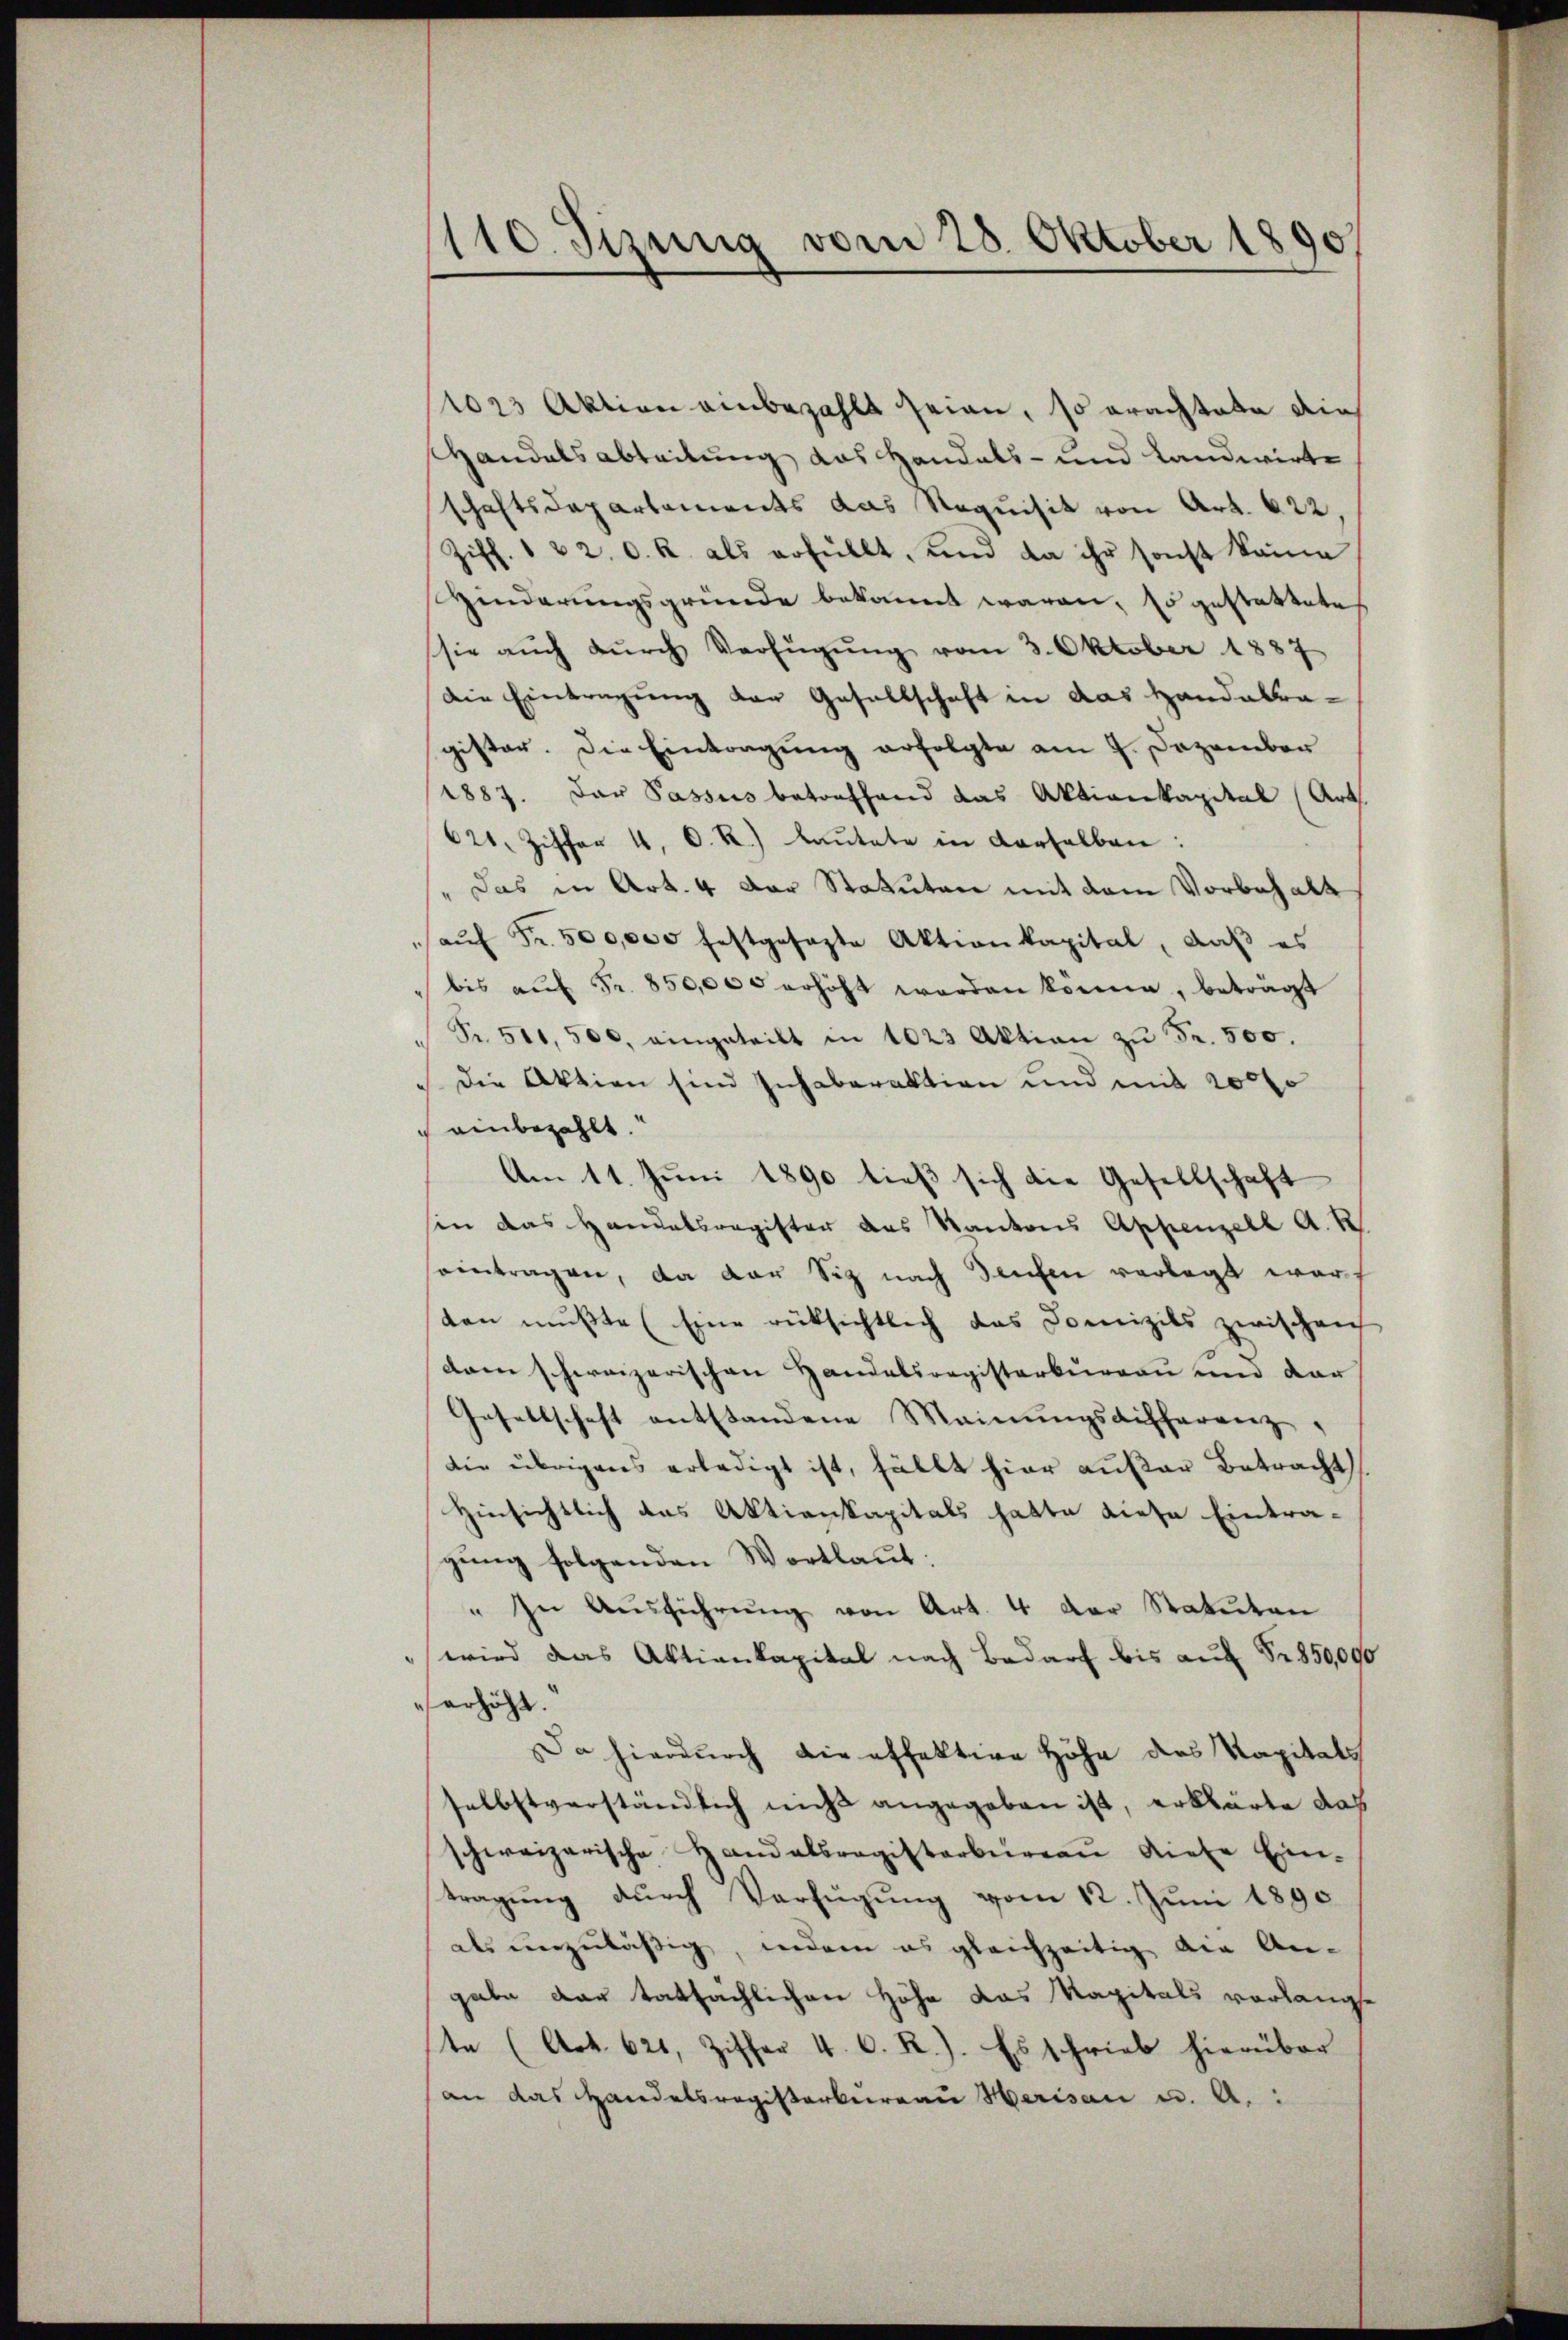
1025 Aktion einbezahlt seien, so erachtete dies
Handelsabteilung das Handels- und Landwirte
schaftsdepartements das Requisit von Art. 622,
Ziff. 1 & 2. d. R. als erfüllt, und da ihr sonst keine
Hinderungsgründe bekannt waren, Es gestattete
sie aŭch dŭrch Verfügŭng vom 3. Oktober 1887
Die Eintragung der Gesellschaft in das Handabtragister. Die Eintragung erfolgte am 9. Dezember
1887. Das Passus betreffend das Aktienkapital (Art.
621, Ziffer 4. O. R.) lautete in derselben:
" Das in Art. 4 der Statuten mit dem Vorbehalt
aŭf Fr. 500,000 festgesagte Aktionkapital, daβ es
bis aŭf Fr. 850,000 erhöht worden könne, beträgt
Fr. 500, 500. eingeteilt in 1023 Aktion zŭ Fr. 500.
die Aktion sind sichabaraktion und mit 20000
einbezahlt.
Am 11. Juni 1890 dieß sich die Gesellschaft
sin das Handatsregister das Kantons Appenzell A. R.
eintragen, da der Siz nach Teufen verlegt warf
ten mußte (Eine rücksichtlich das Domizils zwischen
dann schweizerischen Handelsregisterbureau und dar
Gesellschaft entstandene Meinungsdifferenz,
die übrigens erledigt ist, fällt hier außer Betracht
Hinsichtlich das Aktienkapitals hatte diese Eintra-
gung folgenden Wortlaut:
" In Aŭsführŭng von Art. 4 der Statuten
 wird das Aktienkapital nach Bedarf bis auf § 850,000
erhöht.
Da hierdurch die offektere Höhe des Kapitals
selbstverständlich nicht angegeben ist, erklärte das
schweizerische Handelsregisterbüreaŭ diese Ein-
tragung durch Verfügung vom 12. Juni 1890
als unzuläßig, indem es gleichzeitig die An-
gabe dar tatsächlichen Höhe das Kapitals vorlange
te (Art. 621, Ziffer 4. C. R.). Es schrieb hierüber
an das Handelsregisterbureau Herisau u. A.

110. Sizung vom 28. Oktober 1890